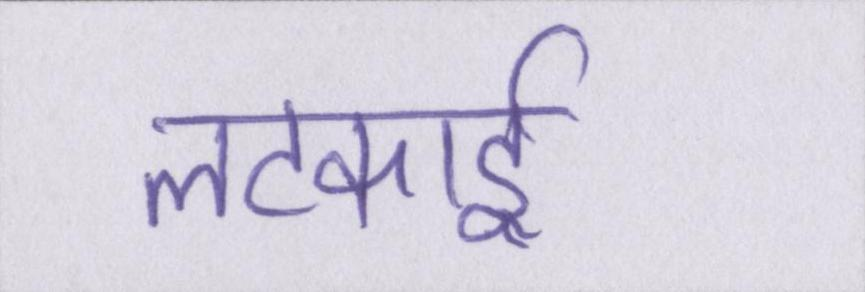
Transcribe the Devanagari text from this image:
लटकाई